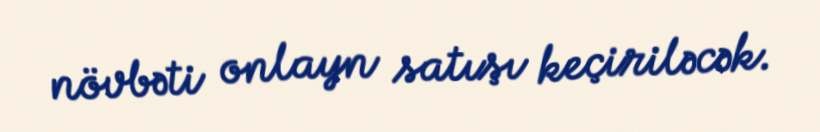
növbəti onlayn satışı keçiriləcək.